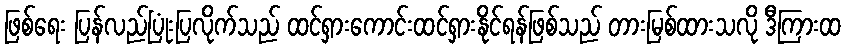
ဖြစ်ရေး ပြန်လည်ပြုံးပြလိုက်သည် ထင်ရှားကောင်းထင်ရှားနိုင်ရန်ဖြစ်သည် တားမြစ်ထားသလို ဒီကြားထ